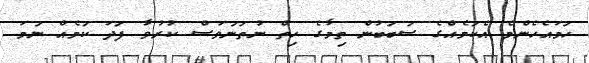
ހަމައެހެންމެ އެކަމެއްގެ ސަބަބުން ތިމާގެ ހިތް ނުތަނަވަސް ކުރުވާ ފަދަ ކަމެއް ނަމަ